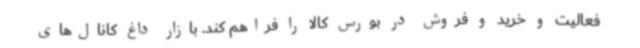
فعالیت و خرید و فروش در بورس کالا را فراهم کند. بازار داغ کانال‌های